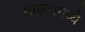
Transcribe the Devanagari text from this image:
माल्टामध्ये